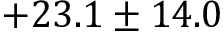
+ 2 3 . 1 \pm 1 4 . 0